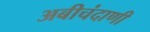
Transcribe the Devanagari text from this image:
अबीचंदाणी